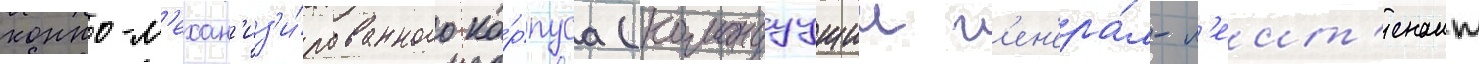
конно-м'ехан'из'и́рованного ко́рпуса (командуущии г'ен'ера́л-л'еит'енант